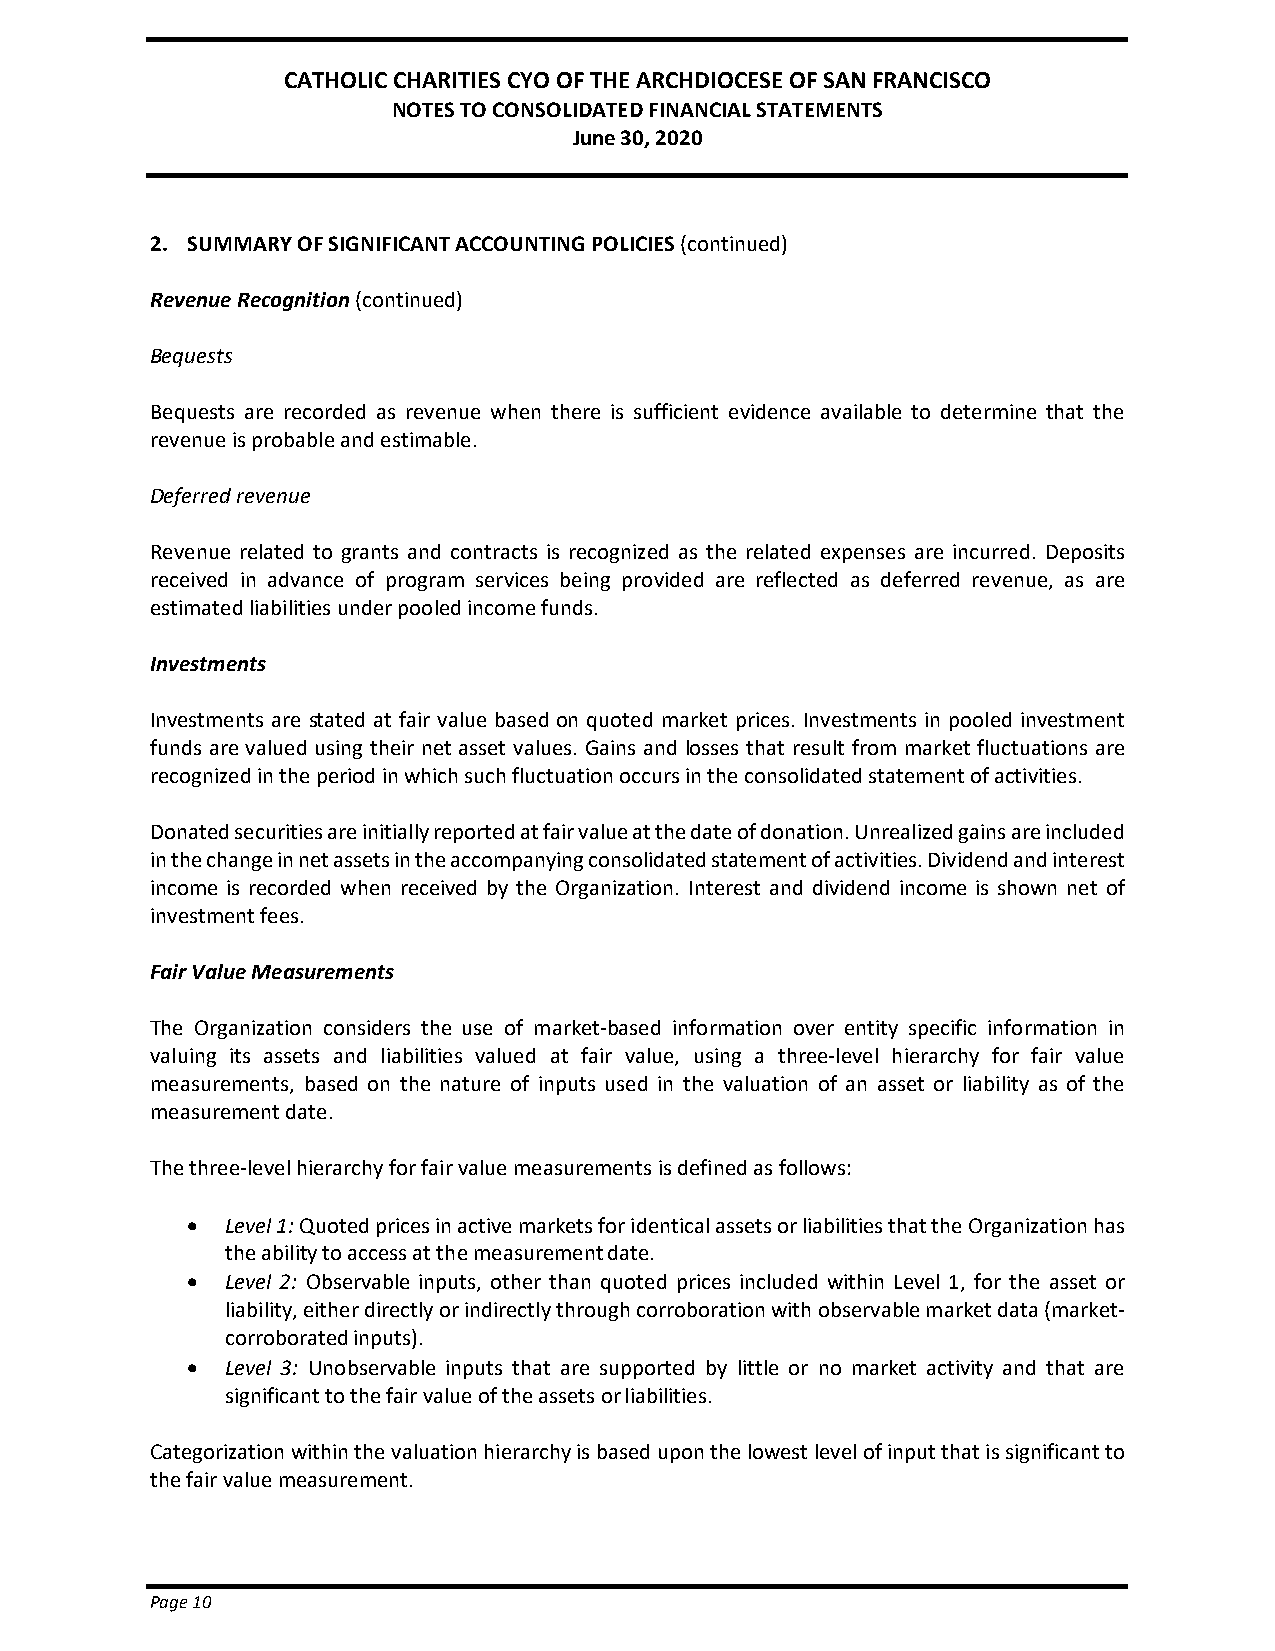
CATHOLIC CHARITIES CYO OF THE ARCHDIOCESE OF SAN FRANCISCO
 NOTES TO CONSOLIDATED FINANCIAL STATEMENTS
 June 30, 2020
 2. SUMMARY OF SIGNIFICANT ACCOUNTING POLICIES (continued)
 Revenue Recognition (continued)
 Bequests
 Bequests are recorded as revenue when there is sufficient evidence available to determine that the
 revenue is probable and estimable.
 Deferred revenue
 Revenue related to grants and contracts is recognized as the related expenses are incurred. Deposits
 received in advance of program services being provided are reflected as deferred revenue, as are
 estimated liabilities under pooled income funds.
 Investments
 Investments are stated at fair value based on quoted market prices. Investments in pooled investment
 funds are valued using their net asset values. Gains and losses that result from market fluctuations are
 recognized in the period in which such fluctuation occurs in the consolidated statement of activities.
 Donated securities are initially reported at fair value at the date of donation. Unrealized gains are included
 in the change in net assets in the accompanying consolidated statement of activities. Dividend and interest
 income is recorded when received by the Organization. Interest and dividend income is shown net of
 investment fees.
 Fair Value Measurements
 The Organization considers the use of market-based information over entity specific information in
 valuing its assets and liabilities valued at fair value, using a three-level hierarchy for fair value
 measurements, based on the nature of inputs used in the valuation of an asset or liability as of the
 measurement date.
 The three-level hierarchy for fair value measurements is defined as follows:
 •  Level 1: Quoted prices in active markets for identical assets or liabilities that the Organization has
 the ability to access at the measurement date.
 •  Level 2: Observable inputs, other than quoted prices included within Level 1, for the asset or
 liability, either directly or indirectly through corroboration with observable market data (market-
 corroborated inputs).
 •  Level 3: Unobservable inputs that are supported by little or no market activity and that are
 significant to the fair value of the assets or liabilities.
 Categorization within the valuation hierarchy is based upon the lowest level of input that is significant to
 the fair value measurement.
 Page 10